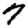
Digit: 7